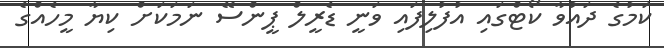
ކަމުގެ ދައުވާ ކޯޓްގައި އުފުލިފައި ވަނީ ޑެރީލް ޕީންސޭ ނަމަކަށް ކިޔާ މީހެއްގެ